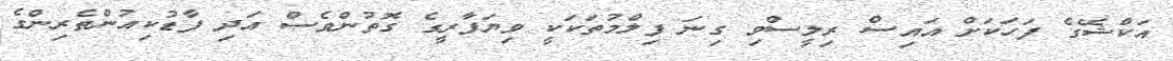
އަކްޝޭގެ ފަހަކަށް އައިސް ރިލީސްވި ގިނަ ފިލްމުތަކަކީ ވިޔަފާރީގެ ގޮތުންވެސް އަދި ފާޑުކިއުންތެރިންގެ